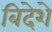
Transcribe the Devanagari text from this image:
बिदेशे